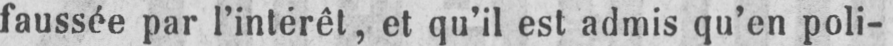
faussée par l’intérêt, et qu’il est admis qu’en poli-